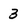
Character: 3